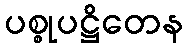
ပစ္စုပဋ္ဌိတေန